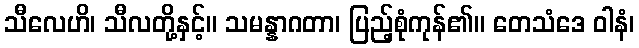
သီလေဟိ၊ သီလတို့နှင့်။ သမန္နာဂတာ၊ ပြည့်စုံကုန်၏။ တေသံဒေ ဝါနံ၊